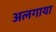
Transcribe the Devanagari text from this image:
अलगाया